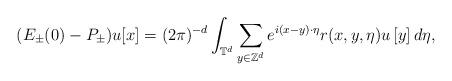
LaTeX: \begin{align*}(E_\pm(0)-P_\pm)u[x]=(2\pi)^{-d}\int_{\mathbb{T}^d}\sum_{y\in\mathbb{Z}^d} e^{i(x-y)\cdot\eta}r(x,y,\eta) u\left[y\right]d\eta,\end{align*}